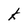
Character: k